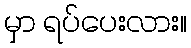
မှာ ရပ်ပေးလား။